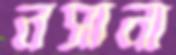
নসানা